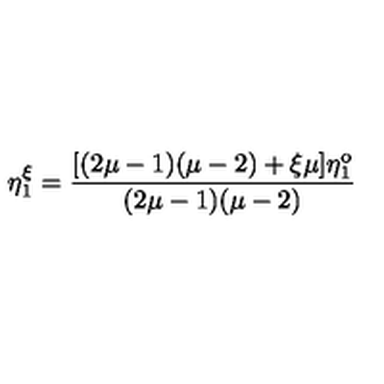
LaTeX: \eta _ { 1 } ^ { \xi } = \frac { [ ( 2 \mu - 1 ) ( \mu - 2 ) + \xi \mu ] \eta _ { 1 } ^ { \mathrm { o } } } { ( 2 \mu - 1 ) ( \mu - 2 ) }